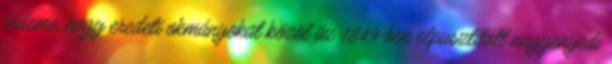
érdeme, hogy eredeti okmányokat közöl az 1849-ben elpusztított nagyenyedi